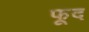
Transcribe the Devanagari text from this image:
फूद